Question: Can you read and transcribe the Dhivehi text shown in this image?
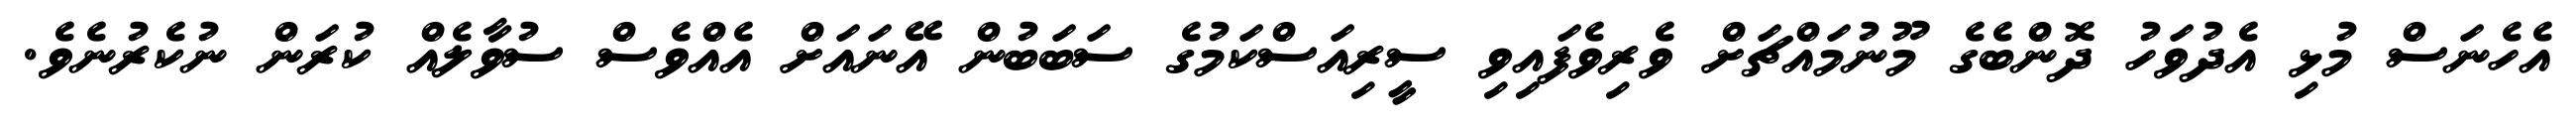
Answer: އެހެނަސް މުޅި އެދުވަހު ދޮންބެގެ މޫނުމައްޗަށް ވެރިވެފައިވި ސީރިއަސްކަމުގެ ސަބަބުން އޭނައަށް އެއްވެސް ސުވާލެއް ކުރަން ނުކެރުނެވެ.